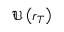
\mathfrak { U } \left( r _ { T } \right)